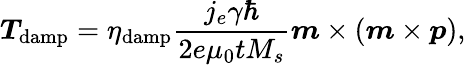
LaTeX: \boldsymbol{T}_{\mathrm{damp}}={\eta}_{\mathrm{damp}}\frac{j_{e}\gamma\hbar}{2e{\mu}_{0}tM_{s}}\boldsymbol{m}\times(\boldsymbol{m}\times\boldsymbol{p}),